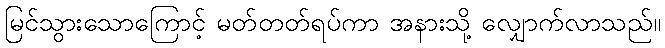
မြင်သွားသောကြောင့် မတ်တတ်ရပ်ကာ အနားသို့ လျှောက်လာသည်။